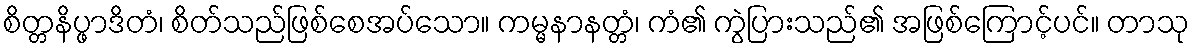
စိတ္တနိပ္ဖာဒိတံ၊ စိတ်သည်ဖြစ်စေအပ်သော။ ကမ္မနာနတ္တံ၊ ကံ၏ ကွဲပြားသည်၏ အဖြစ်ကြောင့်ပင်။ တာသု